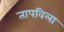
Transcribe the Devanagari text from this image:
तापविला